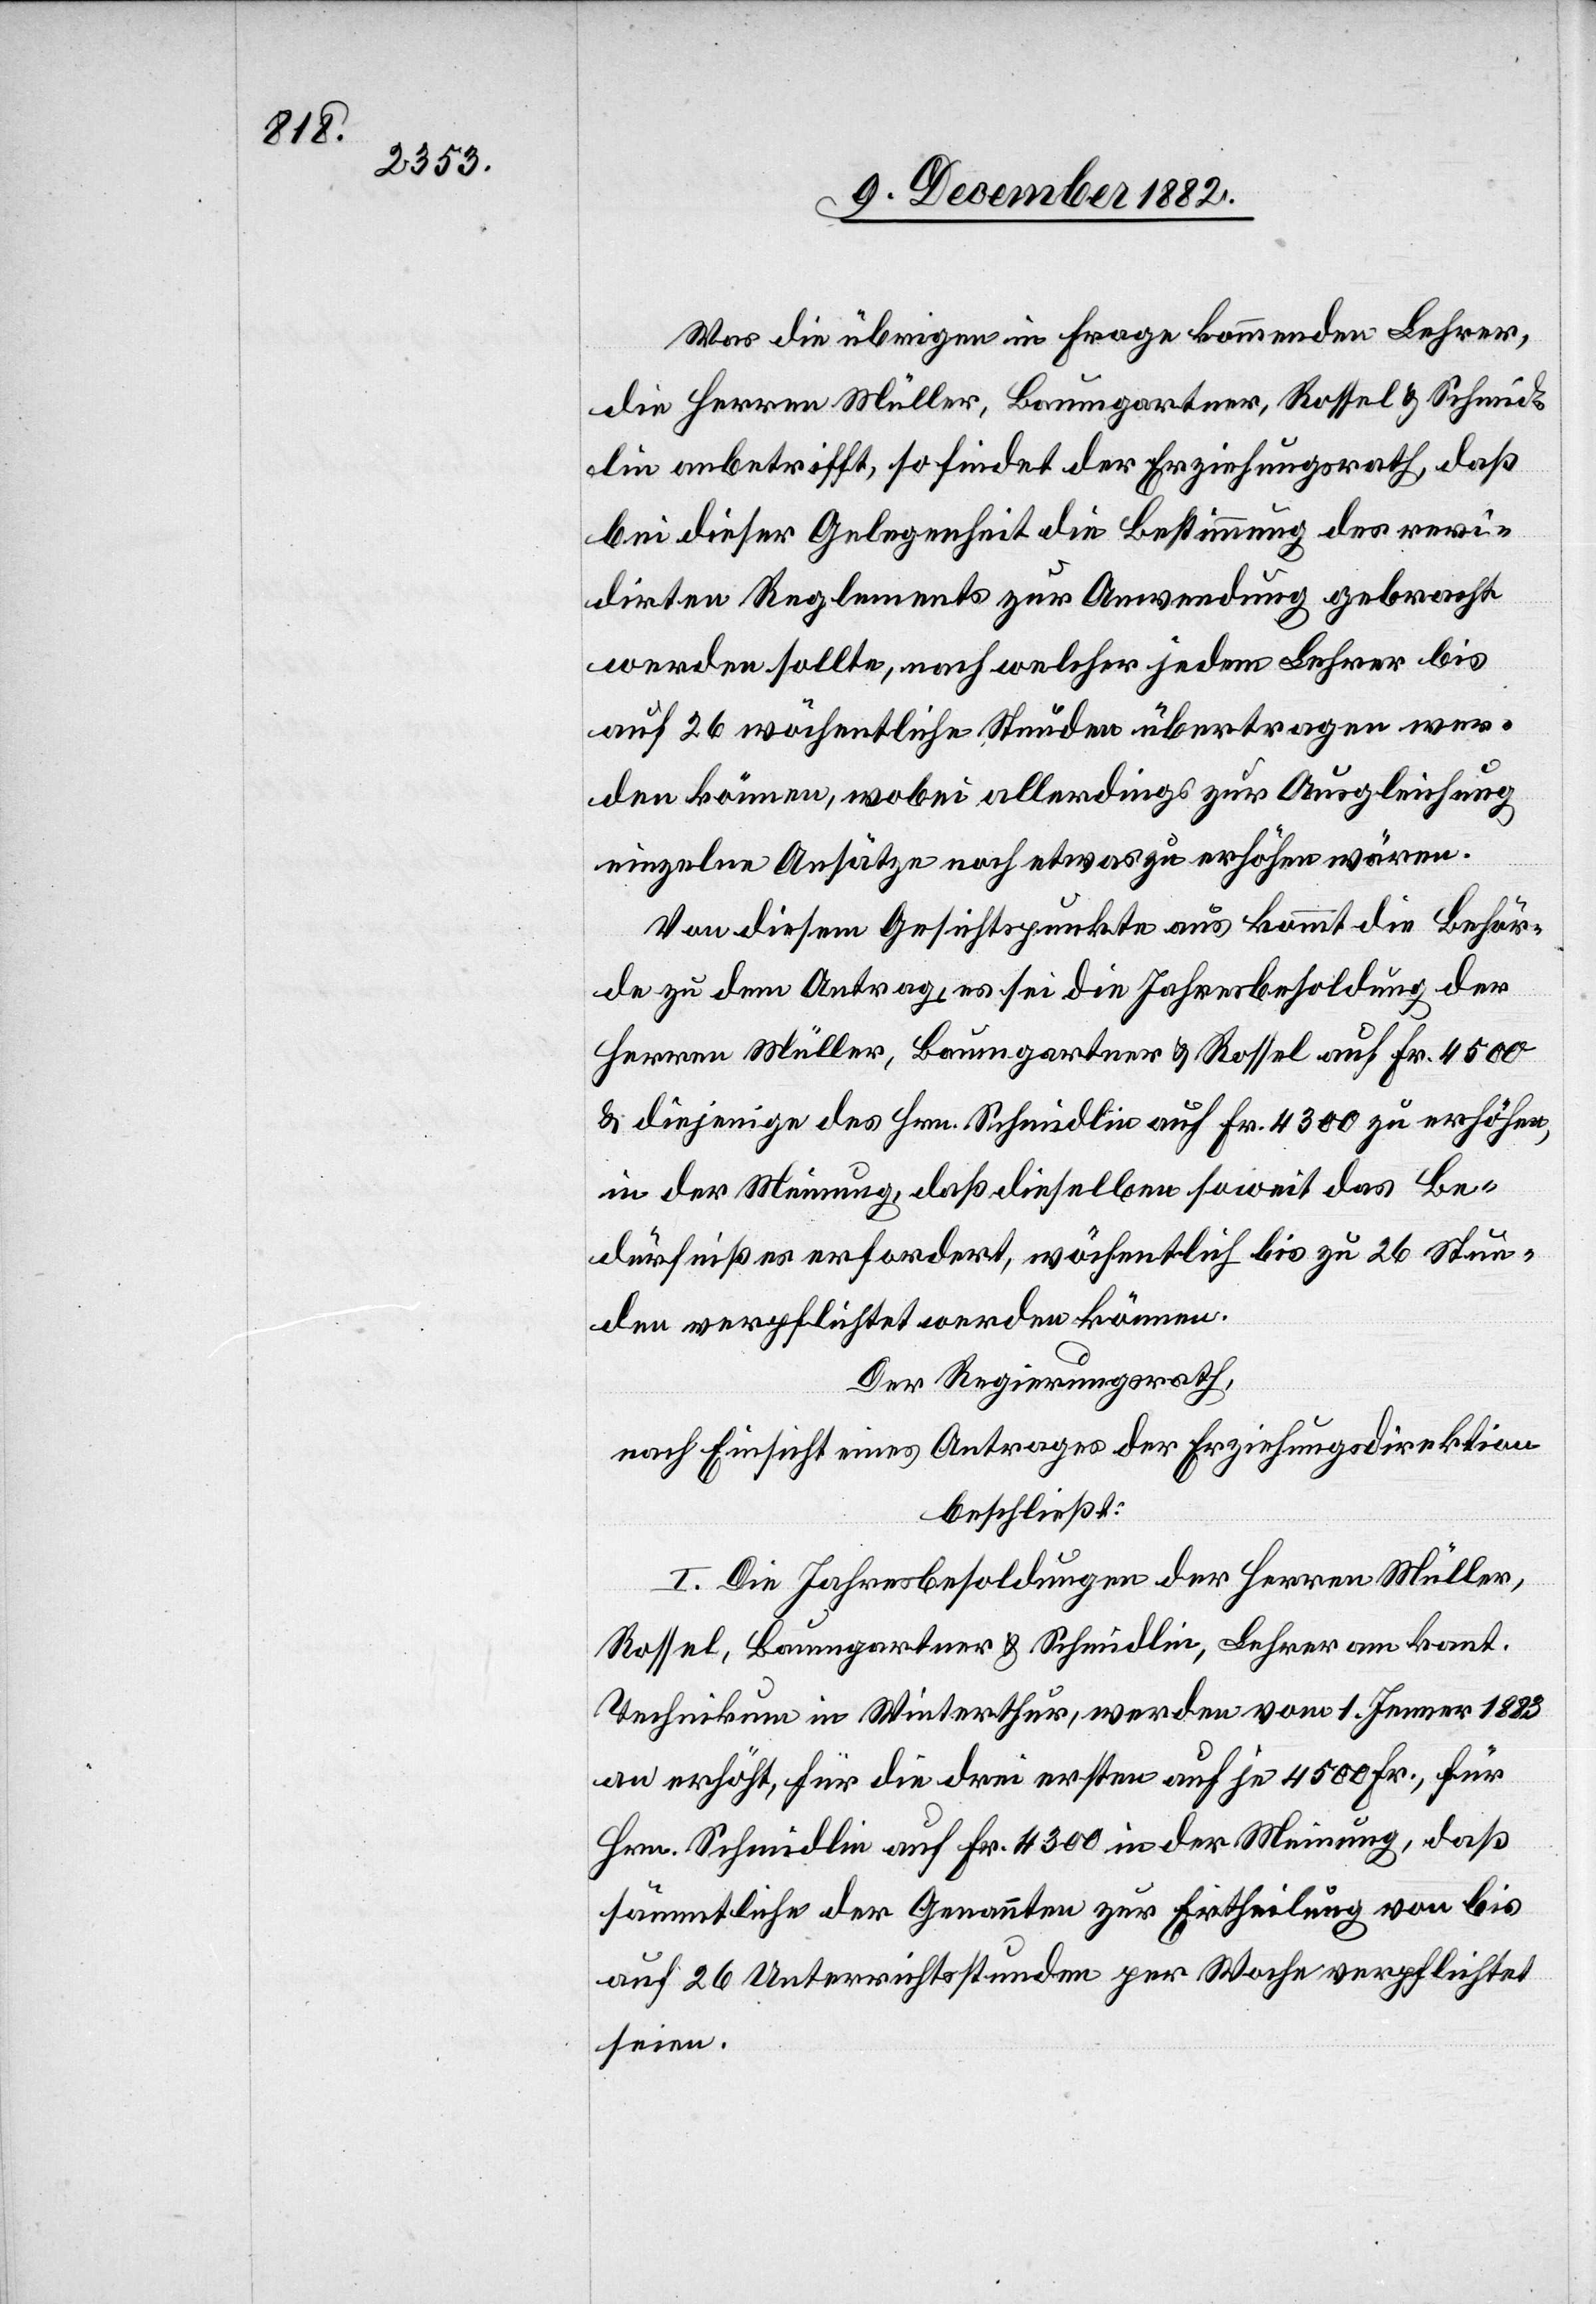
Was die übrigen in Frage kommenden Lehrer,
die Herren Müller, Baumgartner, Rossel & Schmid¬
lin anbetrifft, so findet der Erziehungsdirektion, daß
bei dieser Gelegenheit die Bestimmung des revi¬
dirten Reglements zur Anwendung gebracht
werden sollte, nach welcher jedem Lehrer bis
auf 26 wöchentliche Stunden übertragen wer¬
den können, wobei allerdings zu Ausgleichung
einzelne Ansätze noch etwas zu erhöhen wären.
Von diesem Gesichtspunkte aus kommt die Behör¬
de zu dem Antrag, es sei die Jahresbesoldung der
Herren Müller, Baumgartner & Rossel auf Fr. 4500
& diejenige des Hrn. Schmidlin auf Fr. 4300 zu erhöhen,
in der Meinung, daß dieselben soweit das Be¬
dürfniß es erfordert, wöchentlich bis zu 26 Stun¬
den verpflichtet werden können.
Der Regierungsrath,
nach Einsicht eines Antrages der Erziehungsdirektion,
beschließt:
I. Die Jahresbesoldungen der Herren Müller,
Rossel, Baumgartner & Schmidlin, Lehrer am kant.
Technikum in Winterthur, werden vom 1. Jenner 1883
an erhöht, für die drei ersten auf je 4500 Fr., für
Hrn. Schmidlin auf Fr. 4300 in der Meinung, daß
sämmtliche der Genannten zur Ertheilung von bis
auf 26 Unterrichtsstunden per Woche verpflichtet
seien.